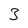
Character: 3